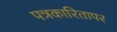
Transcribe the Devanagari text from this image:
पत्रकारितापर